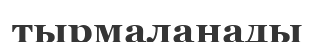
тырмаланады